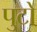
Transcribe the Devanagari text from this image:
पुटो